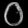
Digit: ၀